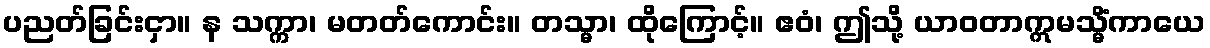
ပညတ်ခြင်းငှာ။ န သက္ကာ၊ မတတ်ကောင်း။ တသ္မာ၊ ထိုကြောင့်။ ဧဝံ၊ ဤသို့ ယာဝတာဣမသ္မိံကာယေ